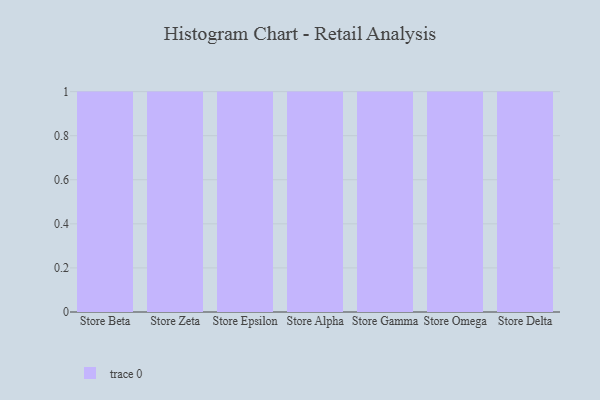
{"axis": {"x": "Store", "y": "Operating Costs (USD K)"}, "legend": [""], "data": [{"x": "Store Beta", "y": 70, "type": ""}, {"x": "Store Zeta", "y": 76, "type": ""}, {"x": "Store Epsilon", "y": 68, "type": ""}, {"x": "Store Alpha", "y": 20, "type": ""}, {"x": "Store Gamma", "y": 67, "type": ""}, {"x": "Store Omega", "y": 93, "type": ""}, {"x": "Store Delta", "y": 14, "type": ""}]}